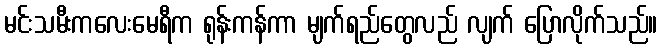
မင်းသမီးကလေးမေရီက ရုန်းကန်ကာ မျက်ရည်တွေလည် လျက် ပြောလိုက်သည်။